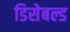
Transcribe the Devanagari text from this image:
डिसेबल्ड